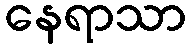
နေရာသာ